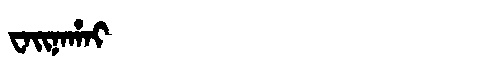
Manchu: ᠸᠠᡳᠨᠠᡥᠠᡳ
Romanization: WAINAHAI